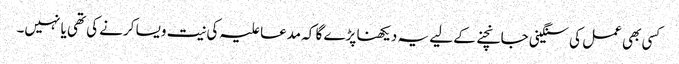
کسی بھی عمل کی سنگینی جانچنے کے لیے یہ دیکھنا پڑے گا کہ مدعا علیہ کی نیت ویسا کرنے کی تھی یا نہیں۔